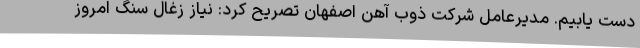
دست یابیم. مدیرعامل شرکت ذوب آهن اصفهان تصریح کرد: نیاز زغال سنگ امروز